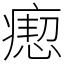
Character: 瘛